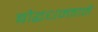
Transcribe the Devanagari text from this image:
बौद्धधम्माने